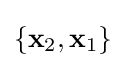
\left\{\mathbf {x} _{2},\mathbf {x} _{1}\right\}